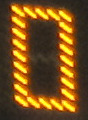
0